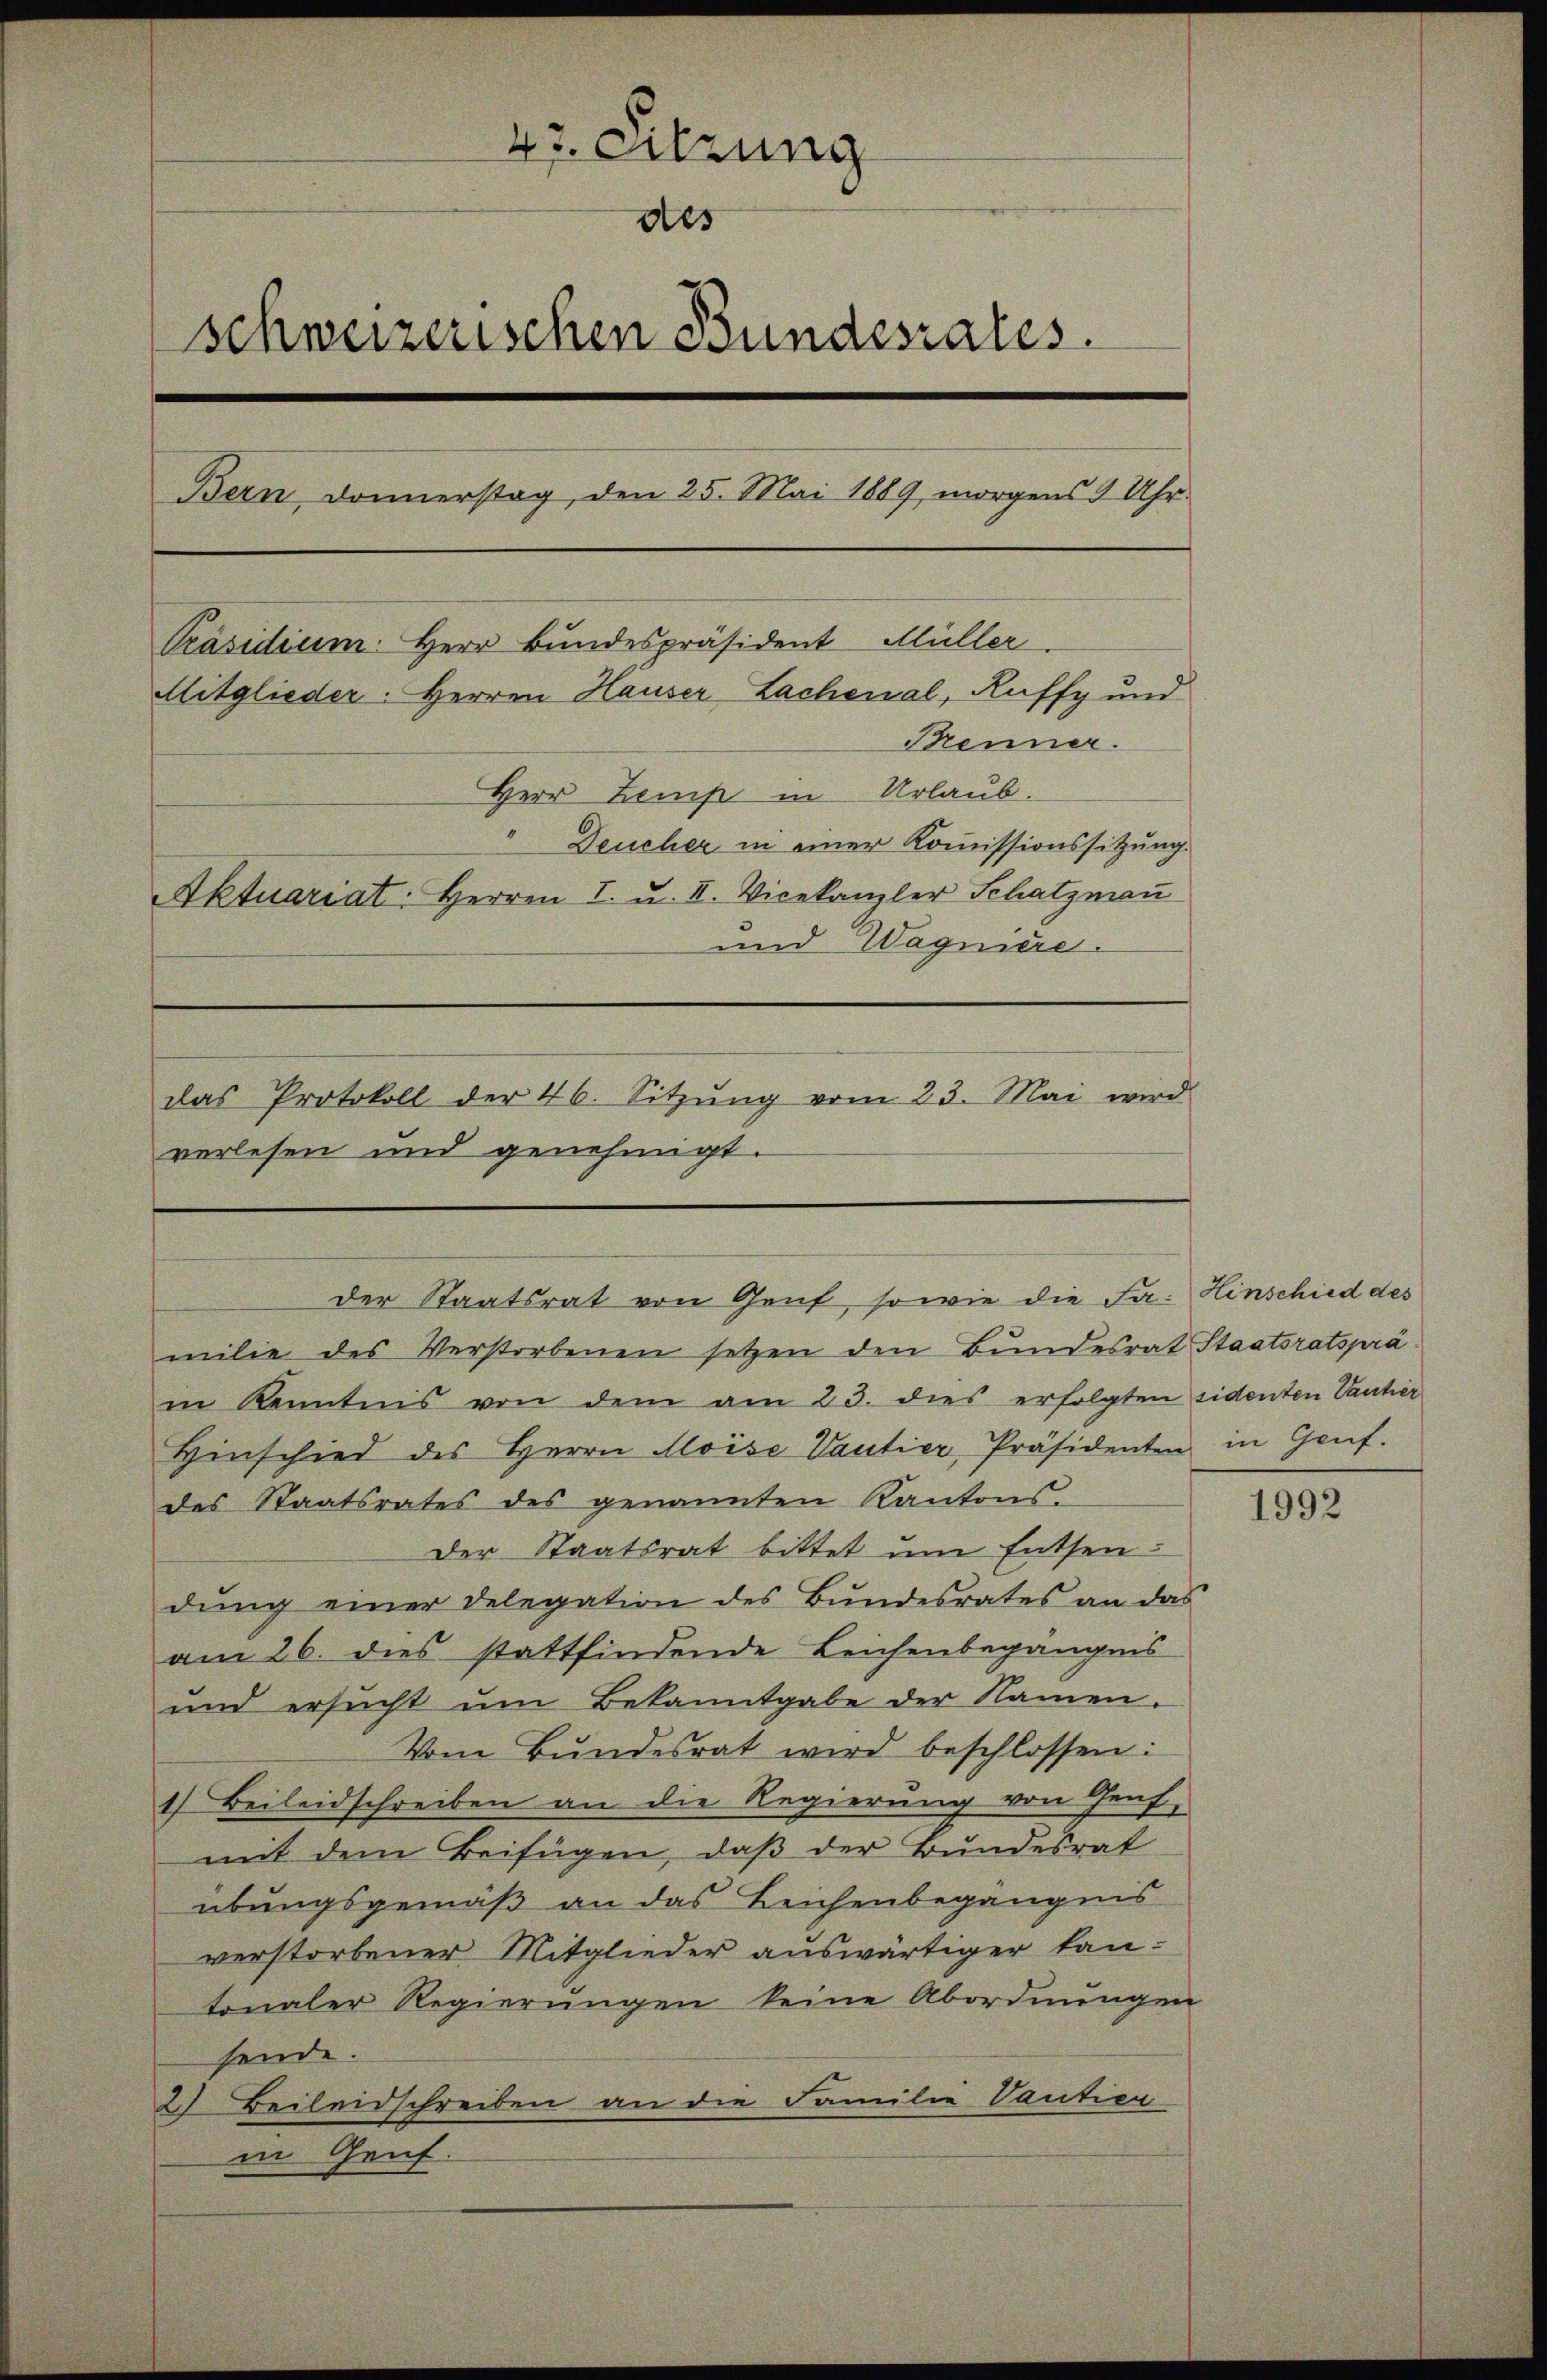
47. Sitzung
des
schweizerischen Bundesrates.
Bern, Donnerstag, den 25. Mai 1889, morgens 4 Uhr
Präsidium. Herr Bundespräsident Müller.
Mitglieder: Herren Hauser Lachenal, Kaffy und
Brenner.
Herr Zems in Urlaub.
Deucher in einer Kommissionssitzung.
Aktuariat: Herren I. u. II. Vicekanzler Schatzman
und Wagniere.
das Protokoll der 46. Sitzŭng vom 23. Mai wird
verlesen und genehmigt.

milie des Verstorbenen setzen den Bundesrat Staatsratspra
in Kenntnis von dem am 23. dies erfolgten sidenten Tantier
Hinschied des Herrn Aloise Vautier, Präsidenten in Genf.
des Staatsrates des genannten Kantons-
Der Staatsrat bittet um Entsen
dŭng einer Delegation des Bundesrates an das
am 26. dies stattfindende Leichenbegängnis
und ersŭcht ŭm Bekanntgabe der Namen.
Vom Bundesrat wird beschlossen:
1) Beileidschreiben an die Regierung von Genf,
mit dem Beifügen, daß der Bundesrat
übungsgemäß an das Leichenbegängnis
verstorbener Mitglieder auswärtiger tantonaler Regierungen keine Abordnungen
sende.
2) Beileidschreiben an die Familie Vautier
in Genf.

der Staatsrat von Genf, so wie die Fa: Hinschied des

1992